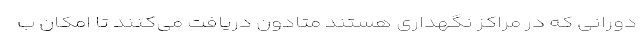
دورانی که در مراکز نگهداری هستند متادون دریافت می‌کنند تا امکان ب